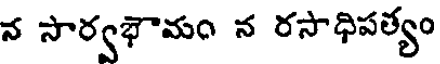
న సార్వభౌమం న రసాధిపత్యం